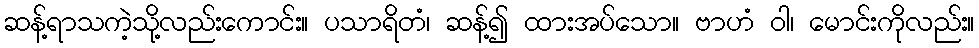
ဆန့်ရာသကဲ့သို့လည်းကောင်း။ ပသာရိတံ၊ ဆန့်၍ ထားအပ်သော။ ဗာဟံ ဝါ၊ မောင်းကိုလည်း။